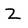
Character: Z